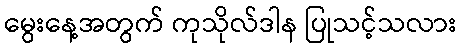
မွေးနေ့အတွက် ကုသိုလ်ဒါန ပြုသင့်သလား